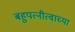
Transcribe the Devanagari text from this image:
बहुपत्नीत्वाच्या